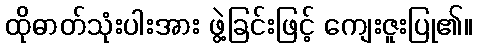
ထိုဓာတ်သုံးပါးအား ဖွဲ့ခြင်းဖြင့် ကျေးဇူးပြု၏။